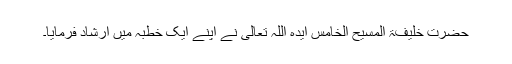
حضرت خلیفۃ المسیح الخامس ایدہ اللہ تعالیٰ نے اپنے ایک خطبہ میں ارشاد فرمایا۔